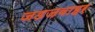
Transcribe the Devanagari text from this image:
जडजवाहर